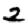
Digit: 2